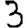
Digit: 3